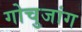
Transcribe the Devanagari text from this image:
गोचुजांग